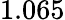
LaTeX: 1.065